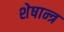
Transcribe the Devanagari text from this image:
शेषान्त्र